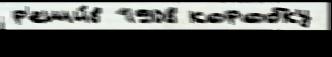
р'еши́в 1908 коробку